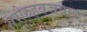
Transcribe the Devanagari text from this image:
सरोरुहवज्रवाद